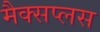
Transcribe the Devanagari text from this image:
मैक्सप्लस